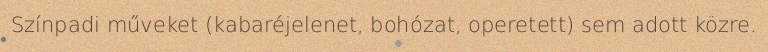
Színpadi műveket (kabaréjelenet, bohózat, operetett) sem adott közre.